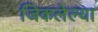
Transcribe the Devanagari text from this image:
जिकलेल्या